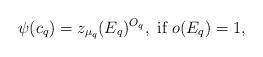
LaTeX: \begin{align*}\psi(c_q)=z_{\mu_q}(E_q)^{O_q}, \textrm{ if } o(E_q)=1, \end{align*}